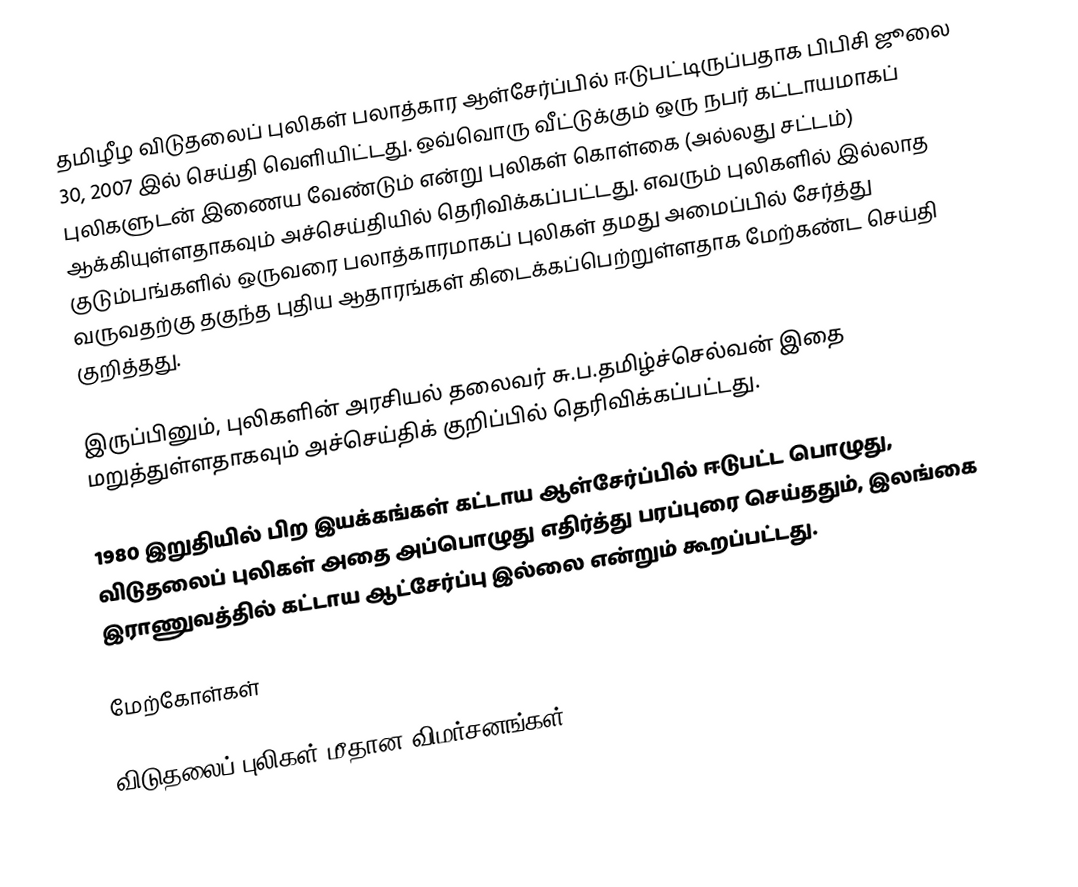
தமிழீழ விடுதலைப் புலிகள் பலாத்கார ஆள்சேர்ப்பில் ஈடுபட்டிருப்பதாக பிபிசி ஜூலை 30, 2007 இல் செய்தி வெளியிட்டது. ஒவ்வொரு வீட்டுக்கும் ஒரு நபர் கட்டாயமாகப் புலிகளுடன் இணைய வேண்டும் என்று புலிகள் கொள்கை (அல்லது சட்டம்) ஆக்கியுள்ளதாகவும் அச்செய்தியில் தெரிவிக்கப்பட்டது. எவரும் புலிகளில் இல்லாத குடும்பங்களில் ஒருவரை பலாத்காரமாகப் புலிகள் தமது அமைப்பில் சேர்த்து வருவதற்கு தகுந்த புதிய ஆதாரங்கள் கிடைக்கப்பெற்றுள்ளதாக மேற்கண்ட செய்தி குறித்தது.

இருப்பினும், புலிகளின் அரசியல் தலைவர் சு.ப.தமிழ்ச்செல்வன் இதை மறுத்துள்ளதாகவும் அச்செய்திக் குறிப்பில் தெரிவிக்கப்பட்டது.

1980 இறுதியில் பிற இயக்கங்கள் கட்டாய ஆள்சேர்ப்பில் ஈடுபட்ட பொழுது, விடுதலைப் புலிகள் அதை அப்பொழுது எதிர்த்து பரப்புரை செய்ததும், இலங்கை இராணுவத்தில் கட்டாய ஆட்சேர்ப்பு இல்லை என்றும் கூறப்பட்டது.

மேற்கோள்கள்

விடுதலைப் புலிகள் மீதான விமர்சனங்கள்